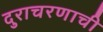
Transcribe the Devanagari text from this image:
दुराचरणाची